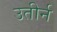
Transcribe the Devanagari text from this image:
उतीर्न